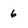
Character: 6